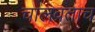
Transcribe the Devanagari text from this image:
चालवताच